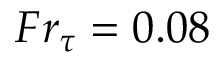
{ F r } _ { \tau } = 0 . 0 8